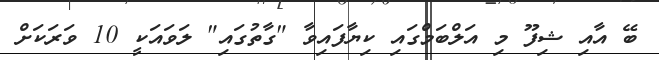
ބޭ އާއި ޝިފޫ މި އަލްބަމްގައި ކިޔާފައިވާ "ގާތުގައި" ލަވައަކީ 10 ވަރަކަށް